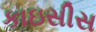
કાઇસીસ